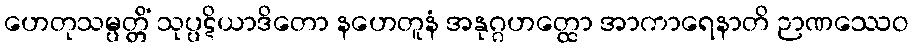
ဟေတုသမ္ပတ္တိံ သုပ္ပဋိယာဒိတော နဟေတူနံ အနုဂ္ဂဟတ္ထော အာကာရေနာတိ ဉာဏဿေဝ